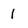
Character: 1